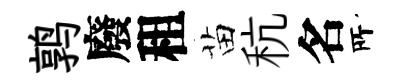
鹑廢租苗秔名𠩄